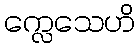
က္လေသေဟိ